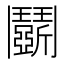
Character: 鬬